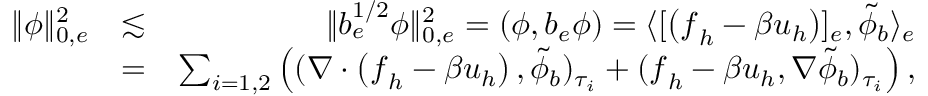
\begin{array} { r l r } { \| \phi \| _ { 0 , e } ^ { 2 } } & { \lesssim } & { \| b _ { e } ^ { 1 / 2 } \phi \| _ { 0 , e } ^ { 2 } = ( \phi , b _ { e } \phi ) = \langle [ \left( \boldsymbol { f } _ { h } - \beta \boldsymbol { u } _ { h } \right) ] _ { e } , \tilde { \phi } _ { b } \rangle _ { e } } \\ & { = } & { \sum _ { i = 1 , 2 } \left( ( \nabla \cdot \left( \boldsymbol { f } _ { h } - \beta \boldsymbol { u } _ { h } \right) , \tilde { \phi } _ { b } ) _ { \tau _ { i } } + ( \boldsymbol { f } _ { h } - \beta \boldsymbol { u } _ { h } , \nabla \tilde { \phi } _ { b } ) _ { \tau _ { i } } \right) , } \end{array}